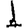
Digit: 1